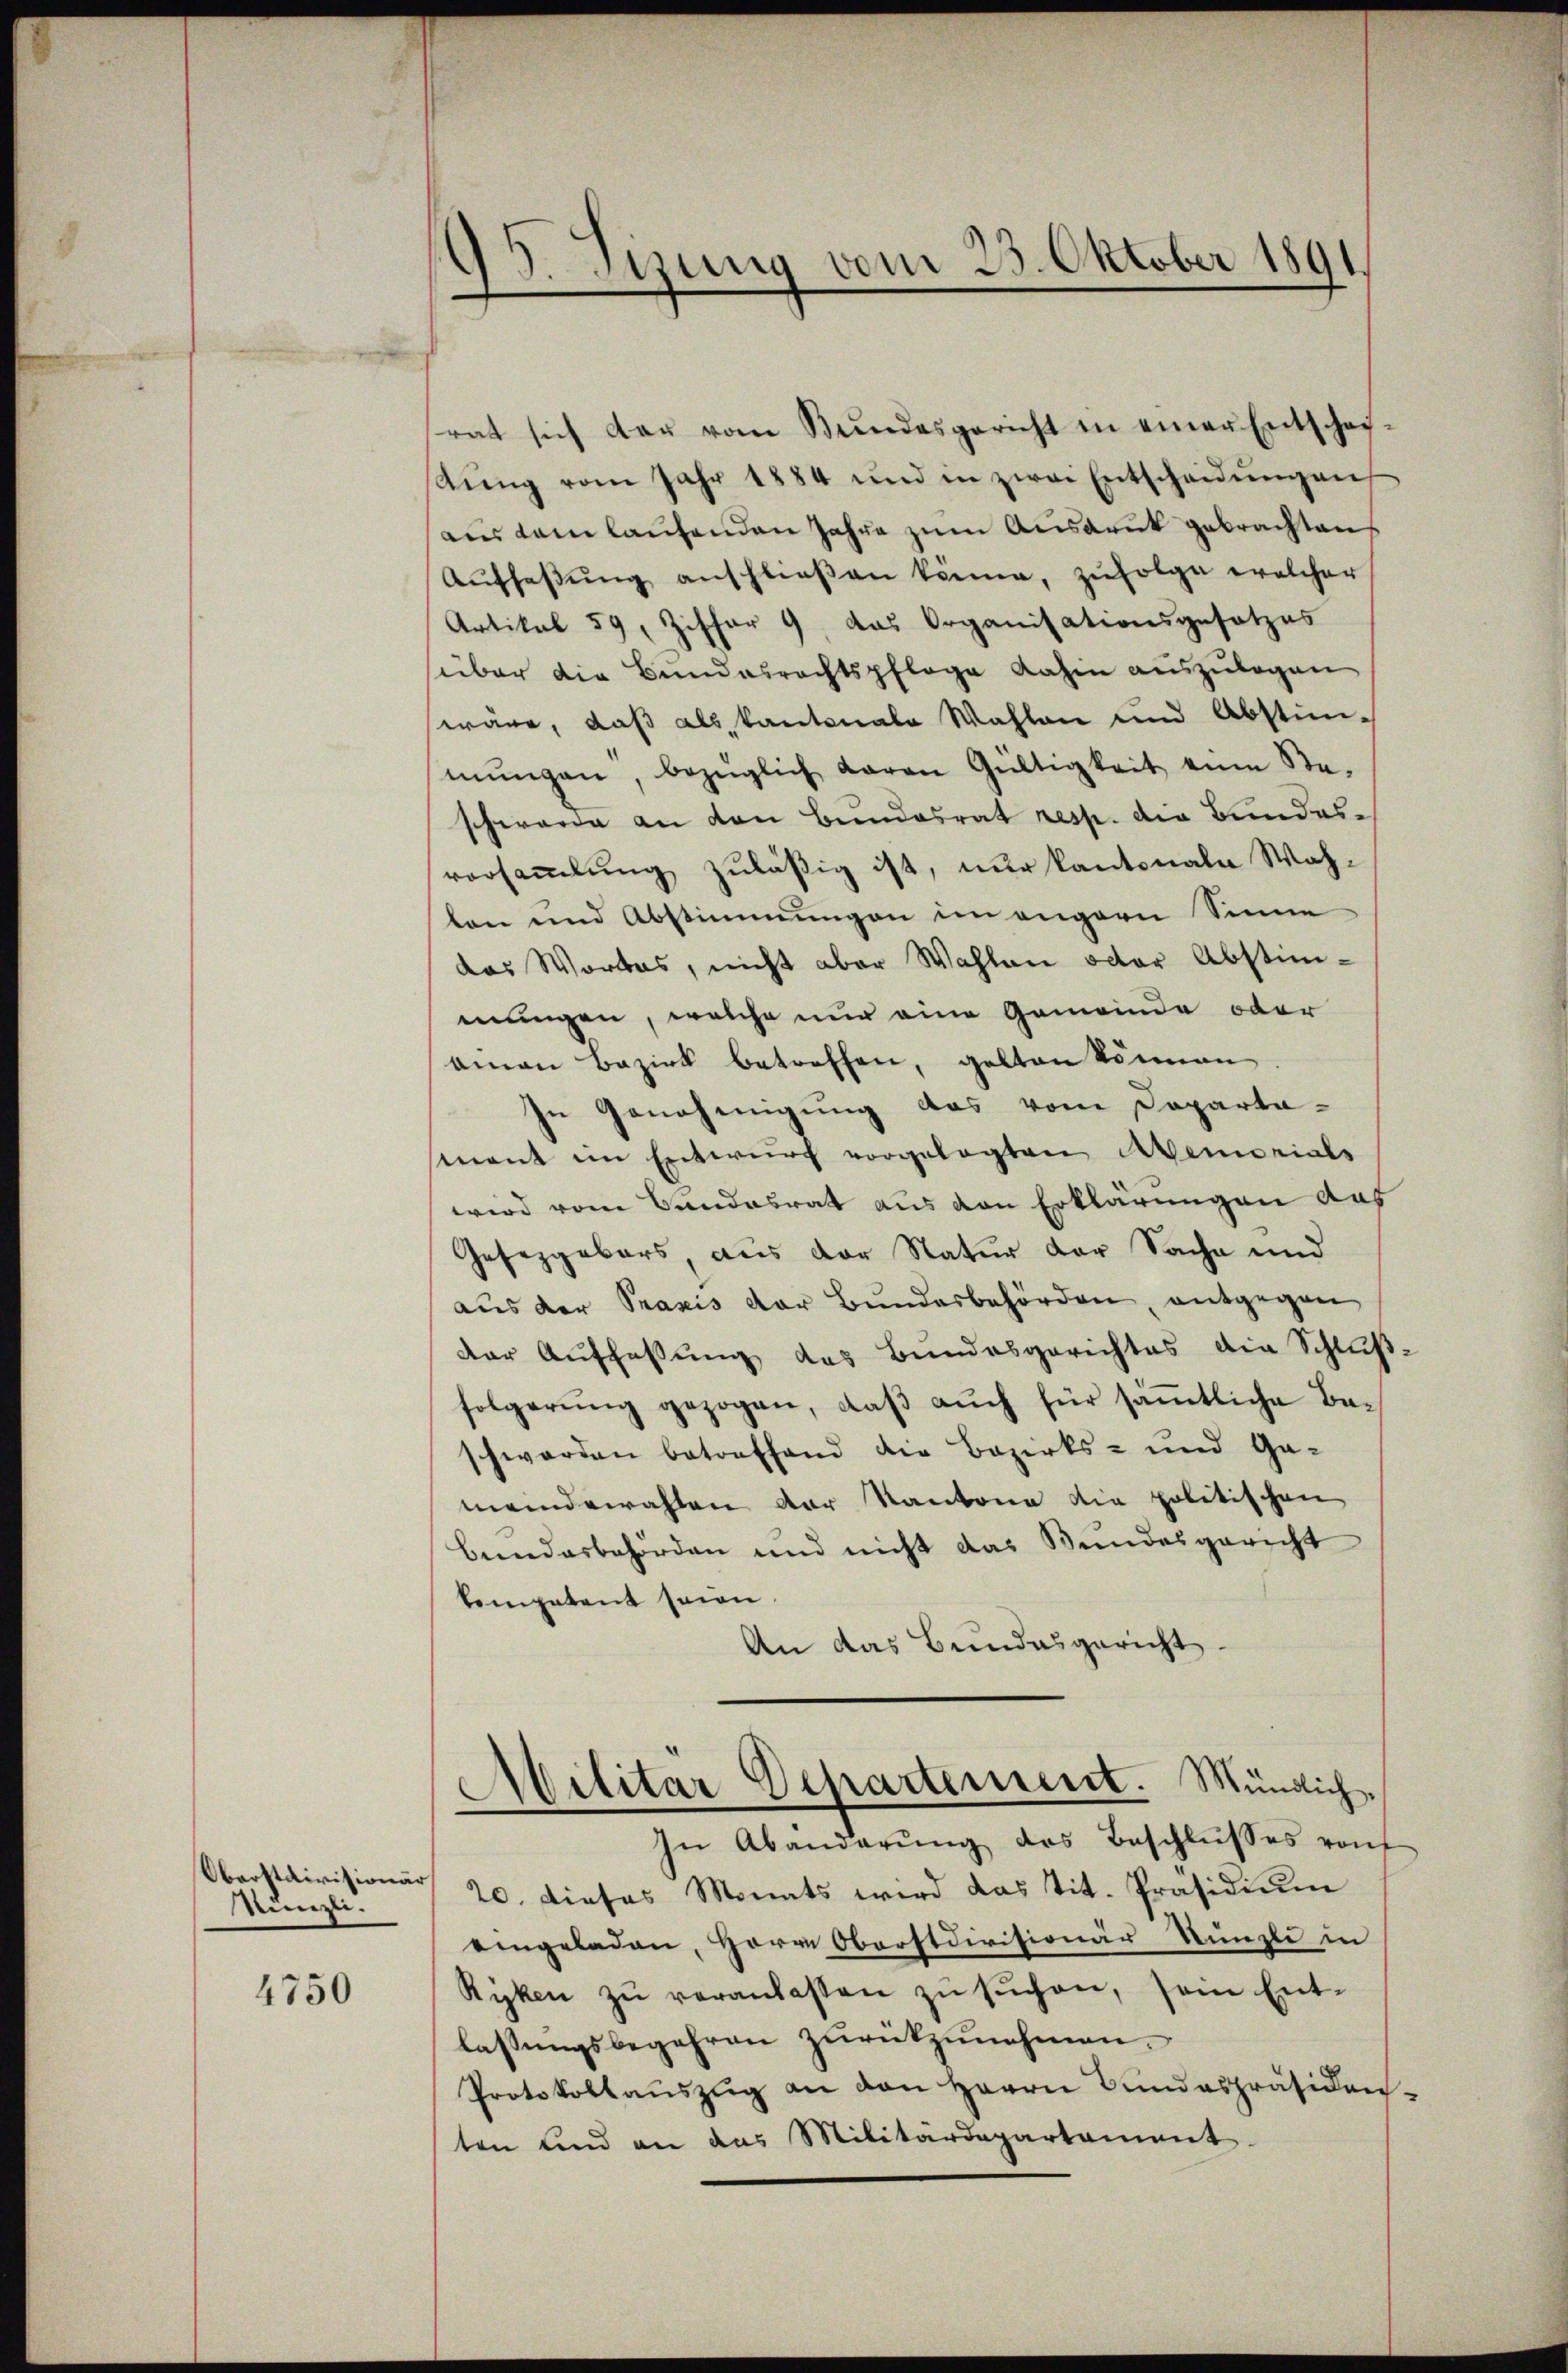
Oberstaivisionär
Künzli.

4750

S. Tizung vom 25. Oktober 1891

rat sich der vom Bŭndesgericht in einer Entschei-
tŭng vom Jahr 1884 und in zwei Entscheidŭngen
ams dem laŭfenden Jahre zum Ausdruck gebrachten
Aŭfsaβŭng anschlieβen könne, zŭfolge welcher
Artikel 59, Ziffer 9. das Organisationsgesetzes
süber die Bundesrechtspflege dahin auszulagen
wäre, daß als kantonale Wahlen und Abstimmŭngen, bezüglich daran Gültigkeit eine Ste-
schwerde an den Bundesrat resp. die Bundes-
vorsammlung zuläßig ist, nur kantonale Wahten und Abstimmungen im engern Sinne
das Wortes, nicht aber Wahlen oder Abstimmungen, welche nur eine Gemeinde oder
ainen Bezirk betreffen, gelten können
In Genehmigung das vom Departa-
mant im Entwurf vorgelegten Memorials
wird vom Sandesrat aus von Erklärungen aus
Gesetzgebers, aus der Natur der Sache und
aus der Praxis der Bundesbehörden, entgegen
der Auffassung des Bundesgerichtes die Schlŭβ-
folgerŭng gezogen, daβ aŭch für sämtliche Be-
schwerden betreffend die Bezirks- und Ga-
meinderrahten der Kantone die politischen
bundesbehörden und nicht das Bundesgericht
kompetent seien
An das Bundesgericht

Militar Departement. Mündlich
In Abänderŭng des Beschlŭsses von

/20. dieses Monats wird das tit. Präsidiŭm
eingeladen, Herr Oberstdivisionär Künzli in
Ryken zŭ veranlassen zŭ sŭchen, sein Ent-
lassungsbegehren zurückzunehmen.
Protokollaŭszŭg an den Herrn Bundespräsiden-
ten und an das Militärdepartament